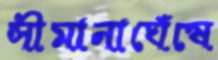
সীমানাঘেঁষে